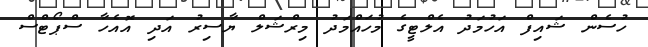
ހުސެން ޝައިފް އަހުމަދު އެލްޓީގެ މުހައްމަދު މިރްޝަލް ޔާސިރު އަދި އޮއެހާ ސްޕޯޓްސް